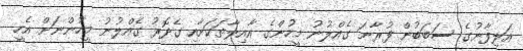
އަލިފާނުގެ ސަބަބުން ފުރާނަ ގެއްލުނު މީހުންގެ އާއިލާތަކަށާއި ގެދޮރު ގެއްލުނު މީހުންނަށް އެހީ